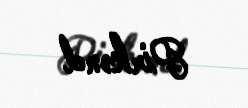
Pirkənd